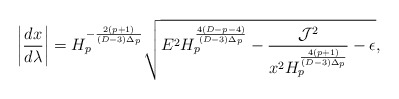
\begin{align*}\left|{{dx}\over{d\lambda}}\right|=H^{-{{2(p+1)}\over{(D-3)\Delta_p}}}_p\sqrt{E^2H^{{4(D-p-4)}\over{(D-3)\Delta_p}}_p-{{{\cal J}^2}\over{x^2H^{{4(p+1)}\over{(D-3)\Delta_p}}_p}}-\epsilon},\end{align*}